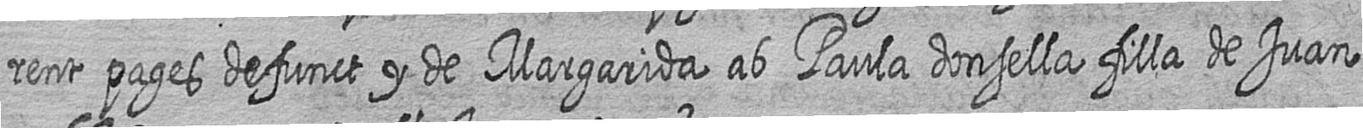
rent pages defunct y de Margarida ab Paula donsella filla de Juan